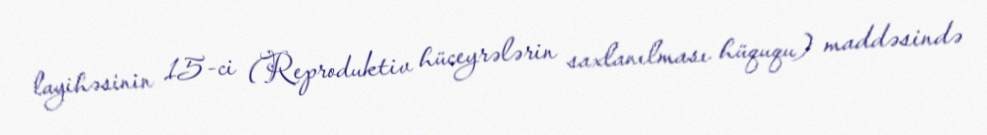
layihəsinin 15-ci (Reproduktiv hüceyrələrin saxlanılması hüququ) maddəsində